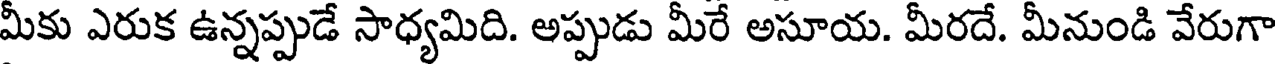
మీకు ఎరుక ఉన్నప్పుడే సాధ్యమిది. అప్పుడు మీరే అసూయ. మీరదే. మీనుండి వేరుగా